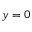
y = 0